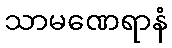
သာမဏေရာနံ